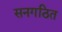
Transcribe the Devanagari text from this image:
सनगठित